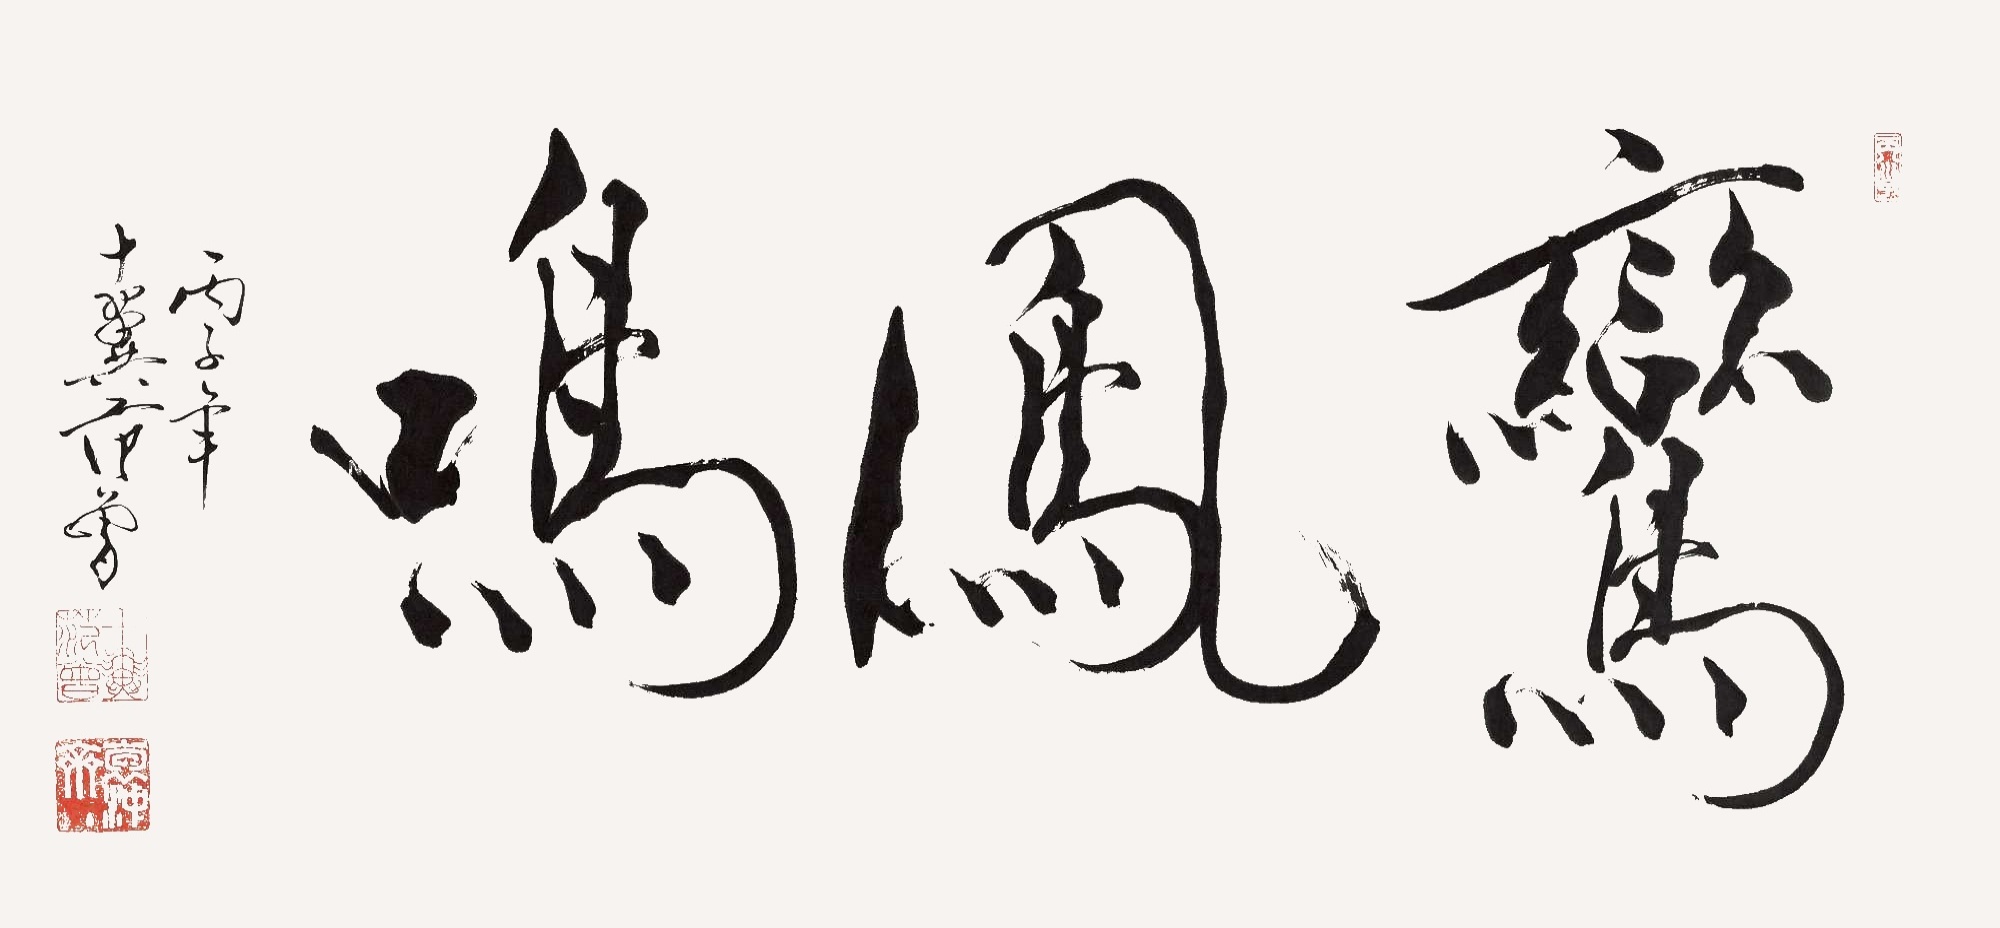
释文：鸾凤鸣丙子年十翼范曾。